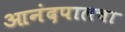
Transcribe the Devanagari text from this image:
आनंदपालचा